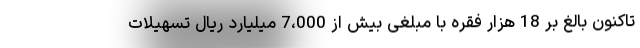
تاکنون بالغ بر 18 هزار فقره با مبلغی بیش از 7،000 میلیارد ریال تسهیلات